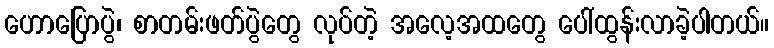
ဟောပြောပွဲ၊ စာတမ်းဖတ်ပွဲတွေ လုပ်တဲ့ အလေ့အထတွေ ပေါ်ထွန်းလာခဲ့ပါတယ်။